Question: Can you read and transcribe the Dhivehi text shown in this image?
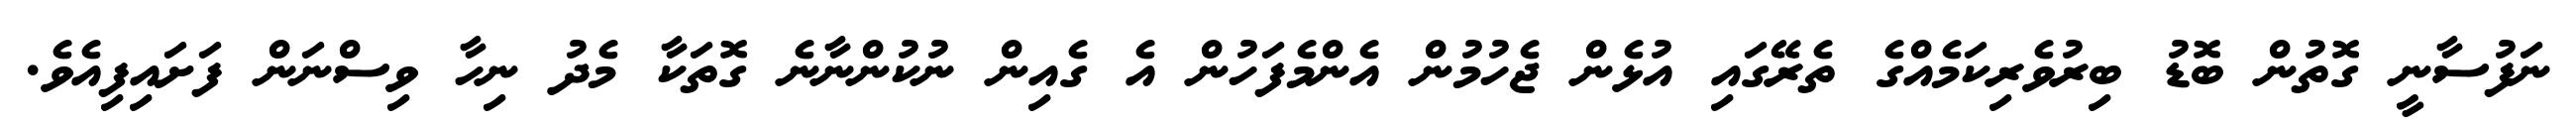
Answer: ނަފުސާނީ ގޮތުން ބޮޑު ބިރުވެރިކަމެއްގެ ތެރޭގައި އުޅެން ޖެހުމުން އެންމެފަހުން އެ ގެއިން ނުކުންނާނެ ގޮތަކާ މެދު ނިހާ ވިސްނަން ފަށައިފިއެވެ.